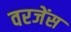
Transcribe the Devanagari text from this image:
वरजेंस